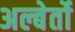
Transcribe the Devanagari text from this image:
अल्बेर्तो